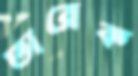
তারেক